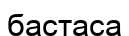
бастаса